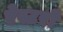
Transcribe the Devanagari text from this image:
ऐस्टरों